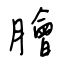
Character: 膾